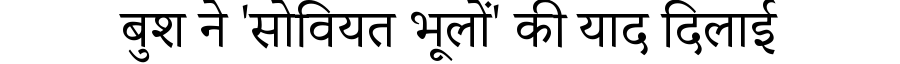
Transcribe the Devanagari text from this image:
बुश ने 'सोवियत भूलों' की याद दिलाई